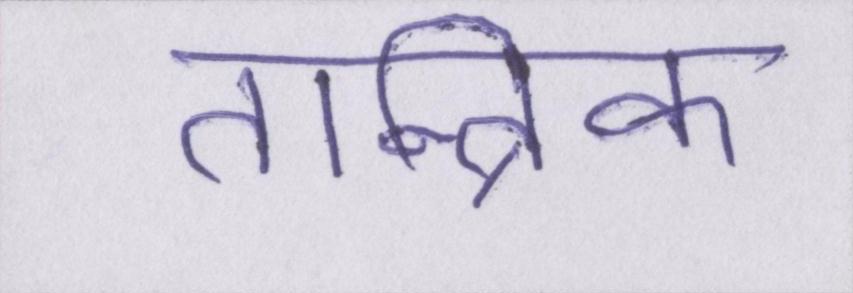
तान्त्रिक